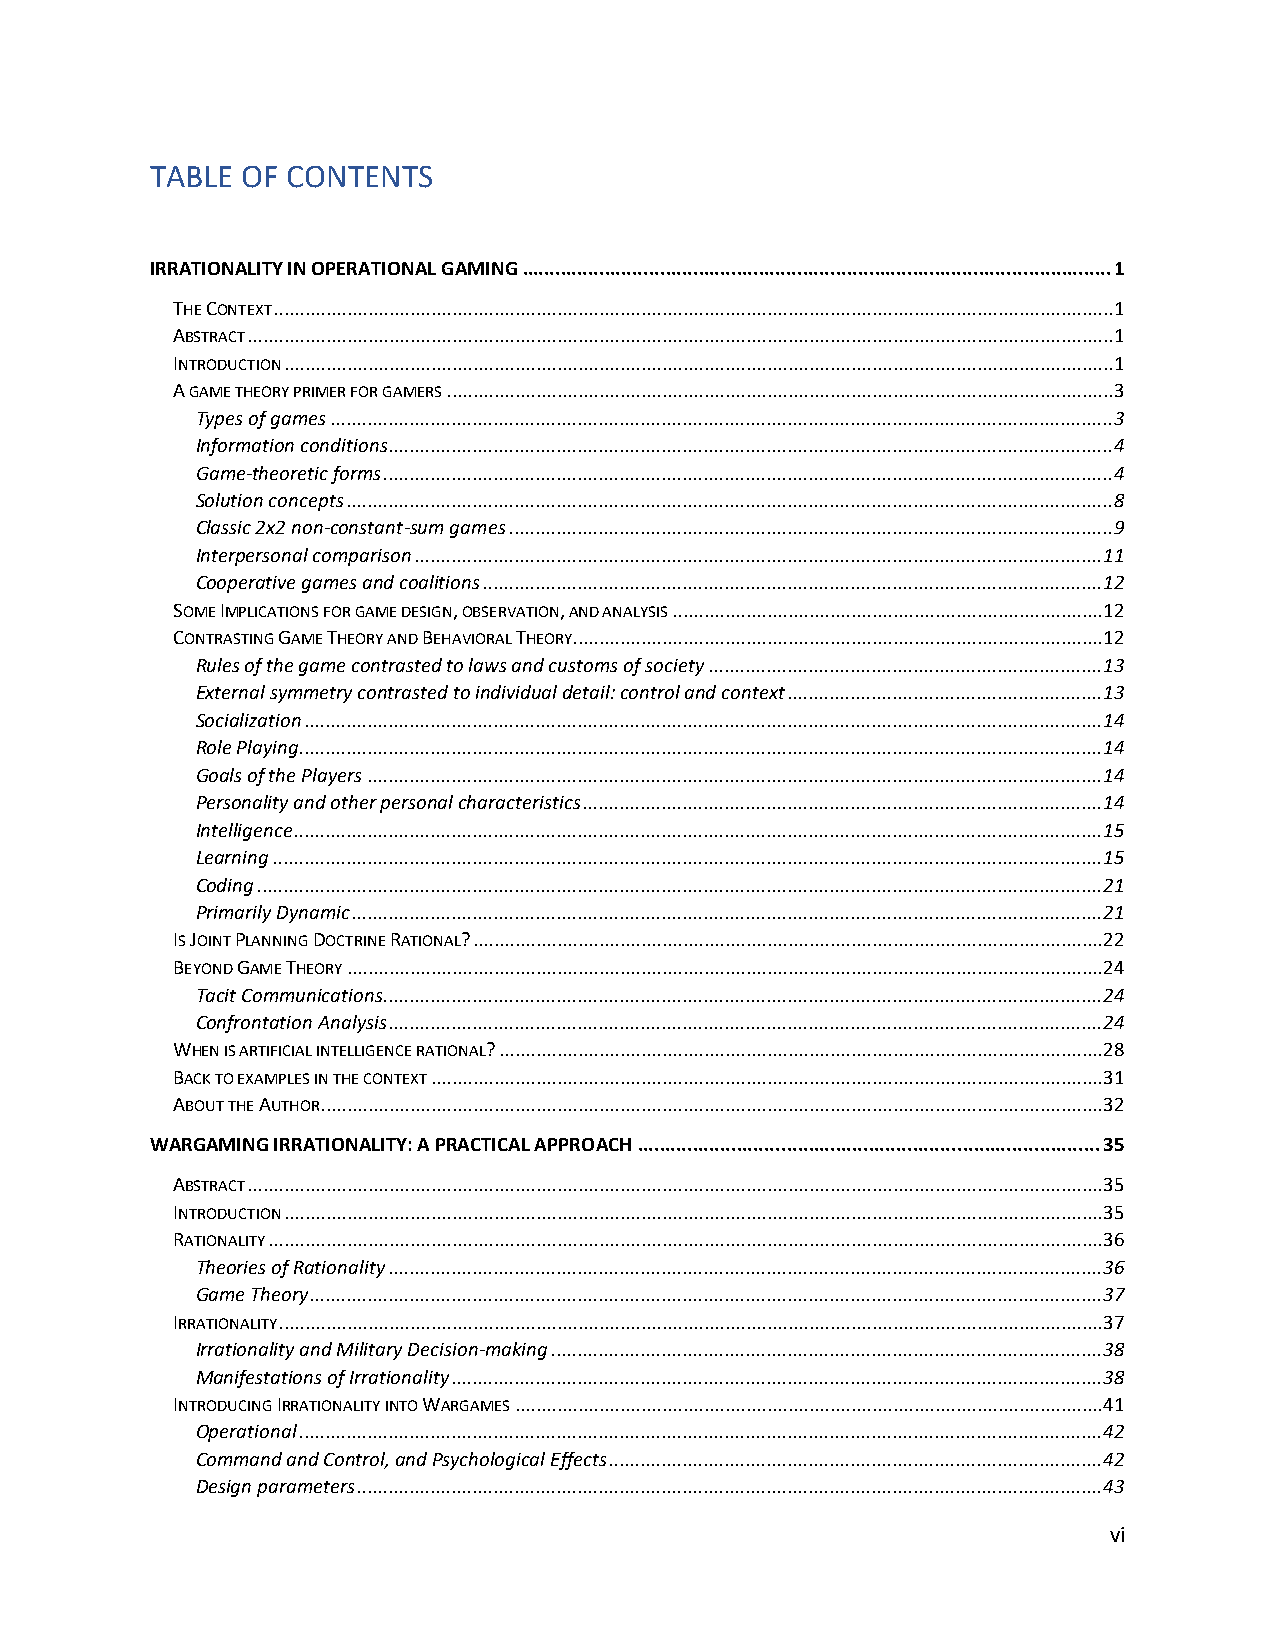
TABLE OF CONTENTS
 IRRATIONALITY IN OPERATIONAL GAMING ........................................................................................................... 1
 THE CONTEXT ................................................................................................................................................................ 1
 ABSTRACT ..................................................................................................................................................................... 1
 INTRODUCTION .............................................................................................................................................................. 1
 A GAME THEORY PRIMER FOR GAMERS ............................................................................................................................... 3
 Types of games ..................................................................................................................................................... 3
 Information conditions .......................................................................................................................................... 4
 Game-theoretic forms ........................................................................................................................................... 4
 Solution concepts .................................................................................................................................................. 8
 Classic 2x2 non-constant-sum games ................................................................................................................... 9
 Interpersonal comparison ................................................................................................................................... 11
 Cooperative games and coalitions ...................................................................................................................... 12
 SOME IMPLICATIONS FOR GAME DESIGN, OBSERVATION, AND ANALYSIS .................................................................................. 12
 CONTRASTING GAME THEORY AND BEHAVIORAL THEORY..................................................................................................... 12
 Rules of the game contrasted to laws and customs of society ........................................................................... 13
 External symmetry contrasted to individual detail: control and context ............................................................ 13
 Socialization ........................................................................................................................................................ 14
 Role Playing ......................................................................................................................................................... 14
 Goals of the Players ............................................................................................................................................ 14
 Personality and other personal characteristics ................................................................................................... 14
 Intelligence .......................................................................................................................................................... 15
 Learning .............................................................................................................................................................. 15
 Coding ................................................................................................................................................................. 21
 Primarily Dynamic ............................................................................................................................................... 21
 IS JOINT PLANNING DOCTRINE RATIONAL? ........................................................................................................................ 22
 BEYOND GAME THEORY ................................................................................................................................................ 24
 Tacit Communications......................................................................................................................................... 24
 Confrontation Analysis ........................................................................................................................................ 24
 WHEN IS ARTIFICIAL INTELLIGENCE RATIONAL? ................................................................................................................... 28
 BACK TO EXAMPLES IN THE CONTEXT ................................................................................................................................ 31
 ABOUT THE AUTHOR ..................................................................................................................................................... 32
 WARGAMING IRRATIONALITY: A PRACTICAL APPROACH .................................................................................... 35
 ABSTRACT ................................................................................................................................................................... 35
 INTRODUCTION ............................................................................................................................................................ 35
 RATIONALITY ............................................................................................................................................................... 36
 Theories of Rationality ........................................................................................................................................ 36
 Game Theory ....................................................................................................................................................... 37
 IRRATIONALITY ............................................................................................................................................................. 37
 Irrationality and Military Decision-making ......................................................................................................... 38
 Manifestations of Irrationality ............................................................................................................................ 38
 INTRODUCING IRRATIONALITY INTO WARGAMES ................................................................................................................ 41
 Operational ......................................................................................................................................................... 42
 Command and Control, and Psychological Effects .............................................................................................. 42
 Design parameters .............................................................................................................................................. 43
 vi